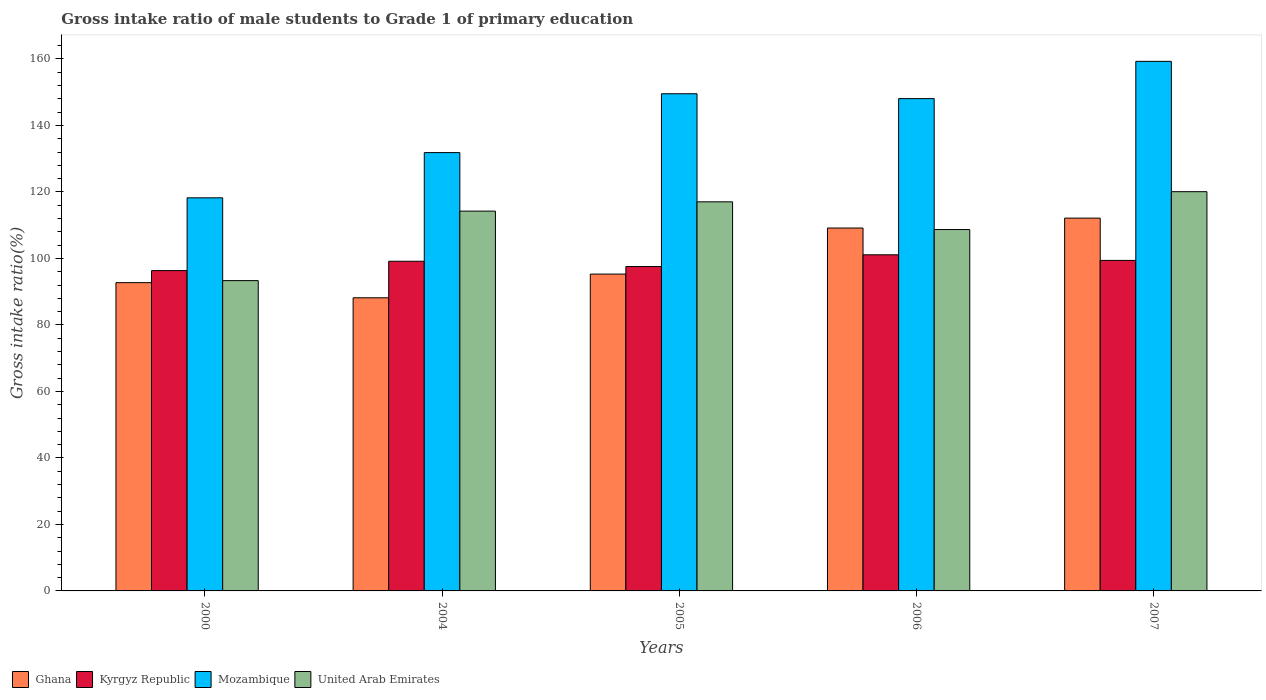
| Years | Ghana | Kyrgyz Republic | Mozambique | United Arab Emirates |
 | --- | --- | --- | --- | --- |
 | 2000 | 92.7 | 96.3 | 118 | 93.3 |
 | 2004 | 88.2 | 99.2 | 132 | 114 |
 | 2005 | 95.3 | 97.6 | 150 | 117 |
 | 2006 | 109 | 101 | 148 | 109 |
 | 2007 | 112 | 99.4 | 159 | 120 |